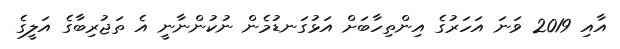
އާއި 2019 ވަނަ އަހަރުގެ އިންތިހާބަށް އަޅުގަނޑުމެން ނުކުންނާނީ އެ ތަޖުރިބާގެ އަލީގެ